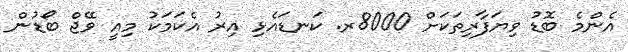
އެންމެ ބޮޑު ވިޔަފާރިތަކަށް 8000ރ. ކަނޑައެޅި އިރު އެކަމަކު މިއީ ވޭޖް ބޯޑުން